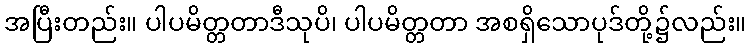
အပြီးတည်း။ ပါပမိတ္တတာဒီသုပိ၊ ပါပမိတ္တတာ အစရှိသောပုဒ်တို့၌လည်း။